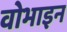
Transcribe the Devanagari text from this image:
वोभाइन